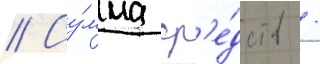
// Су́мма ср'е́дств /